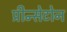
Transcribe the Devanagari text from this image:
प्रीन्सेटोन